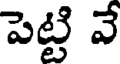
పెట్టి వే